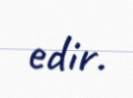
edir.